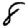
Digit: 8